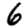
Digit: 6